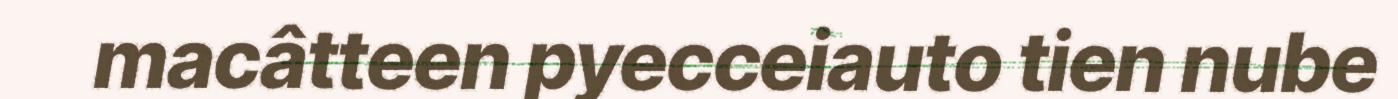
macâtteen pyecceiauto tien nube